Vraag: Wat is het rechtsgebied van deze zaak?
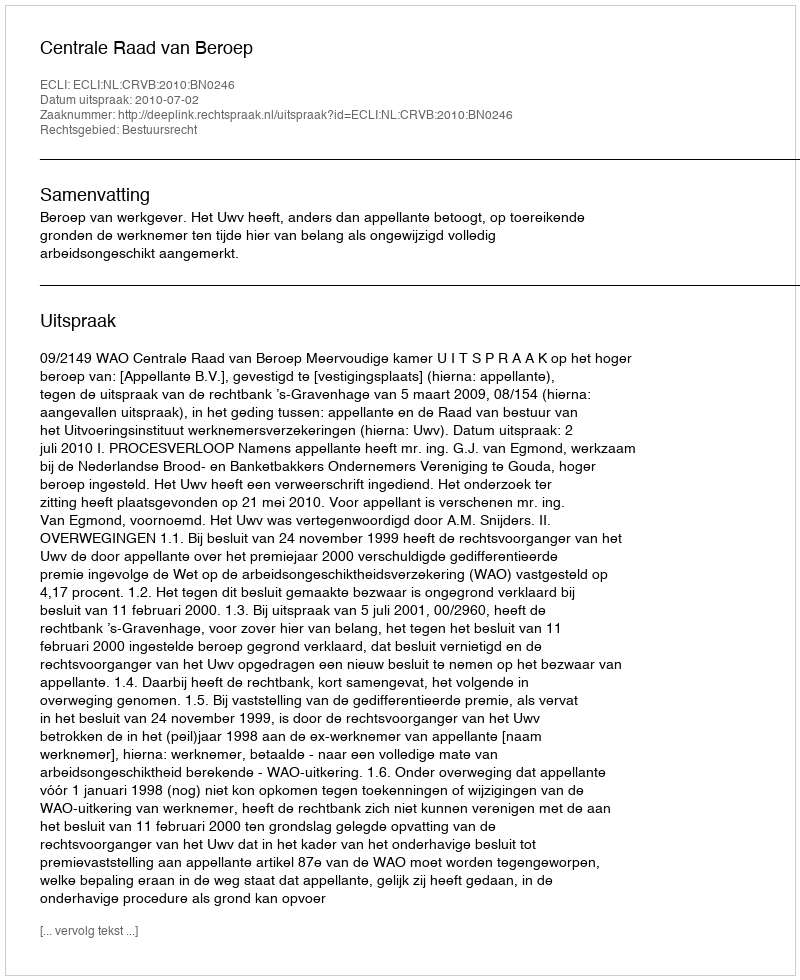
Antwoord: Bestuursrecht